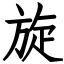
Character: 旋